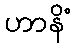
ဟာနိံ